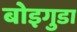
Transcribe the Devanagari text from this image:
बोइगुडा